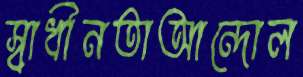
স্বাধীনতাআন্দোল